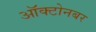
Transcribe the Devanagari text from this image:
ऑक्टोनबर